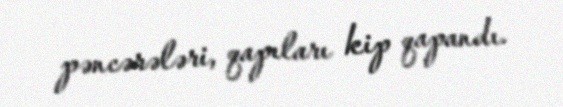
pəncərələri, qapıları kip qapandı.